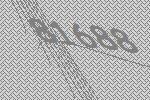
81688